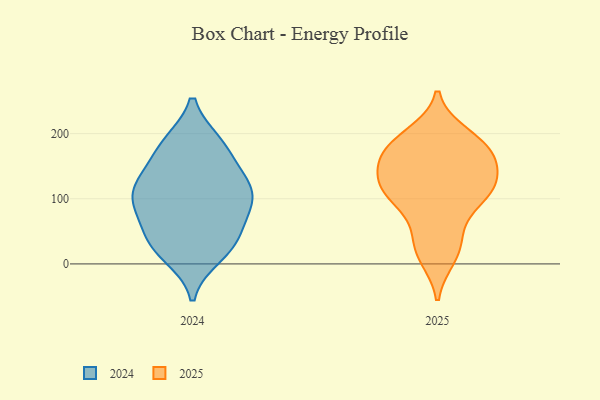
{"axis": {"x": "Production Output", "y": "Value"}, "legend": ["2024", "2025"], "data": [{"x": "", "y": 175, "type": "2025"}, {"x": "", "y": 157, "type": "2025"}, {"x": "", "y": 48, "type": "2025"}, {"x": "", "y": 11, "type": "2025"}, {"x": "", "y": 102, "type": "2025"}, {"x": "", "y": 25, "type": "2025"}, {"x": "", "y": 111, "type": "2025"}, {"x": "", "y": 186, "type": "2025"}, {"x": "", "y": 178, "type": "2025"}, {"x": "", "y": 118, "type": "2025"}, {"x": "", "y": 97, "type": "2025"}, {"x": "", "y": 135, "type": "2025"}, {"x": "", "y": 198, "type": "2025"}, {"x": "", "y": 159, "type": "2025"}, {"x": "", "y": 120, "type": "2025"}, {"x": "", "y": 97, "type": "2024"}, {"x": "", "y": 13, "type": "2024"}, {"x": "", "y": 38, "type": "2024"}, {"x": "", "y": 107, "type": "2024"}, {"x": "", "y": 117, "type": "2024"}, {"x": "", "y": 144, "type": "2024"}, {"x": "", "y": 25, "type": "2024"}, {"x": "", "y": 84, "type": "2024"}, {"x": "", "y": 116, "type": "2024"}, {"x": "", "y": 126, "type": "2024"}, {"x": "", "y": 185, "type": "2024"}, {"x": "", "y": 181, "type": "2024"}, {"x": "", "y": 83, "type": "2024"}, {"x": "", "y": 56, "type": "2024"}, {"x": "", "y": 182, "type": "2024"}, {"x": "", "y": 29, "type": "2024"}]}